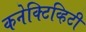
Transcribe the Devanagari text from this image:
कनेक्टिव्हिटी